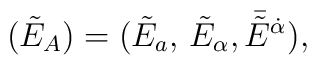
(\tilde E_A) = (\tilde E_a, \, \tilde E_\alpha, \, \bar {\!\tilde  E}{}^{\dot\alpha}),